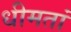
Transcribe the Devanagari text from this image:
धीमतां